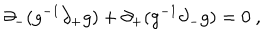
\partial _ { - } ( g ^ { - 1 } \partial _ { + } g ) + \partial _ { + } ( g ^ { - 1 } \partial _ { - } g ) = 0 \ ,